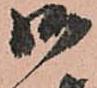
御